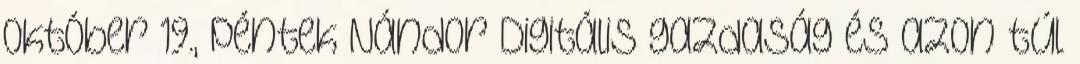
október 19., péntek Nándor Digitális gazdaság és azon túl